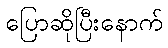
ပြောဆိုပြီးနောက်